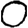
Digit: 0